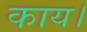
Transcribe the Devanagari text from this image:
काय।